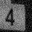
Digit: 4